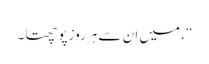
“ ، میں ان سے ہرروز پوچھتا ۔